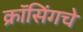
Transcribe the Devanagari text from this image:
क्रॉसिंगचे